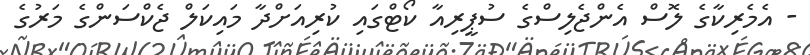
- އެމެރިކާގެ ލޮސް އެންޖެލިސްގެ ސުޕީރިއާ ކޯޓްގައި ކުރިއަށްދާ މައިކަލް ޖެކްސަންގެ މަރުގެ